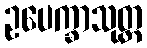
ဥပေက္ခာသုတ္တ